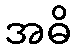
အဓိ